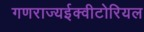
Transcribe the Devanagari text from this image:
गणराज्यईक्वीटोरियल